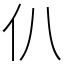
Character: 仈